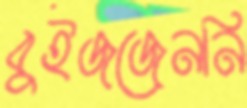
বুইজজেননি